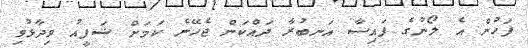
ފަހުން އެ ލޯނުގެ ފައިސާ އަނބުރާ ދައްކަން ޖެހޭނެ ކަމަށް ޝަފީއު ވިދާޅުވި